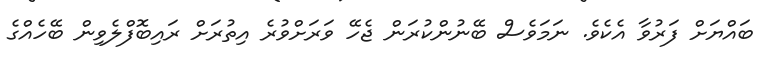
ބައްޔަށް ފަރުވާ އެކެވެ. ނަމަވެސް ބޭނުންކުރަން ޖެހޭ ވަރަށްވުރެ އިތުރަށް ރައިބޮފްލެވިން ބޭހެއްގެ